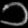
Digit: ၁